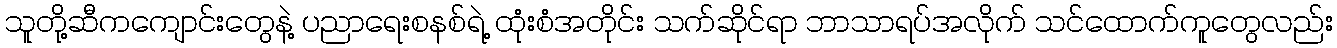
သူတို့ဆီကကျောင်းတွေနဲ့ ပညာရေးစနစ်ရဲ့ ထုံးစံအတိုင်း သက်ဆိုင်ရာ ဘာသာရပ်အလိုက် သင်ထောက်ကူတွေလည်း